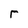
Character: r